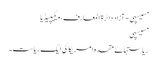
مسیسپی - آزاد دائرۃ المعارف، ویکیپیڈیا
مسیسپی
ریاستہائے متحدہ امریکا کی ایک ریاست ۔